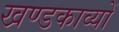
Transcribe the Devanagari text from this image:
खण्डकाव्यों